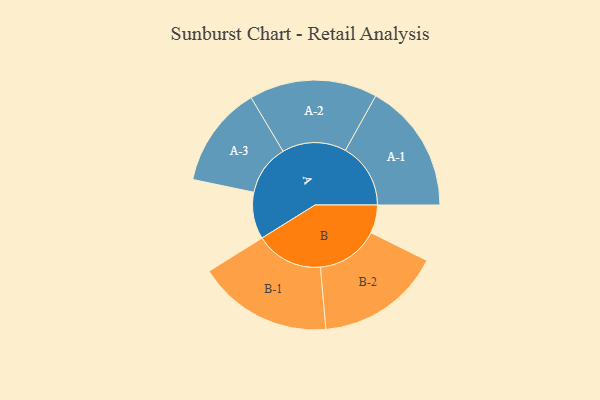
{"axis": {"x": "Segment", "y": "Value"}, "legend": ["", "A", "B"], "data": [{"x": "A", "y": 204, "type": ""}, {"x": "B", "y": 123, "type": ""}, {"x": "A-1", "y": 284, "type": "A"}, {"x": "A-2", "y": 279, "type": "A"}, {"x": "A-3", "y": 221, "type": "A"}, {"x": "B-1", "y": 294, "type": "B"}, {"x": "B-2", "y": 273, "type": "B"}]}